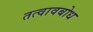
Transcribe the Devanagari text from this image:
तत्वावबोध